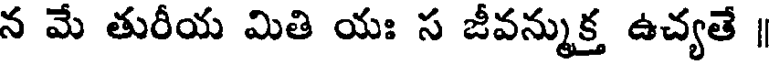
న మే తురీయ మితి యః స జీవన్ముక్త ఉచ్యతే ॥